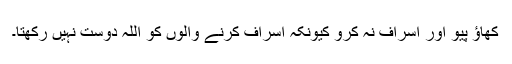
کھاؤ پیو اور اسراف نہ کرو کیونکہ اسراف کرنے والوں کو اللہ دوست نہیں رکھتا۔